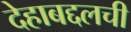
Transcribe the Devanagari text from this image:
देहाबद्दलची